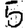
Digit: 5